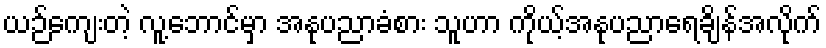
ယဉ်ကျေးတဲ့ လူ့ဘောင်မှာ အနုပညာခံစား သူဟာ ကိုယ့်အနုပညာရေချိန်အလိုက်